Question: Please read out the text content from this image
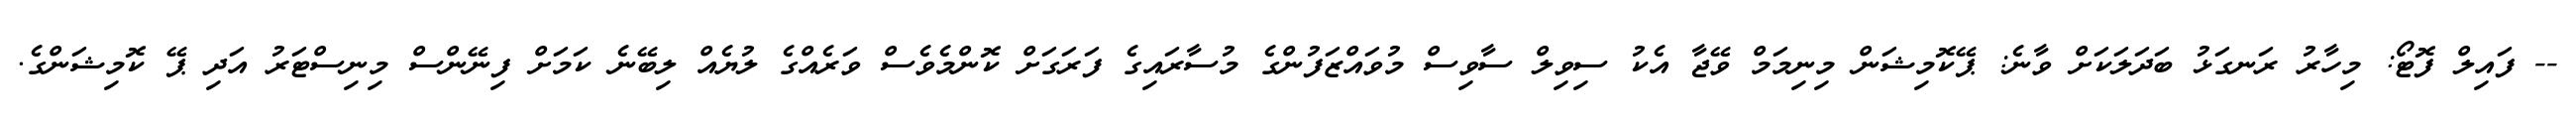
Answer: -- ފައިލް ފޮޓޯ: މިހާރު ރަނގަޅު ބަދަލަކަށް ވާނެ: ޕޭކޮމިޝަން މިނިމަމް ވޭޖާ އެކު ސިވިލް ސާވިސް މުވައްޒަފުންގެ މުސާރައިގެ ފަރަގަށް ކޮންމެވެސް ވަރެއްގެ ލުޔެއް ލިބޭނެ ކަމަށް ފިނޭންސް މިނިސްޓަރު އަދި ޕޭ ކޮމިޝަންގެ.